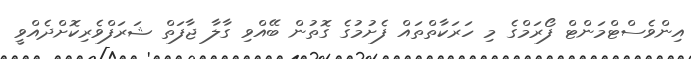
އިންވެސްޓްމަންޓް ފޯރަމްގެ މި ހަރަކާތްތައް ފެށުމުގެ ގޮތުން ބޭއްވި ގާލާ ޖާފަތް ޝަރަފްވެރިކޮށްދެއްވީ